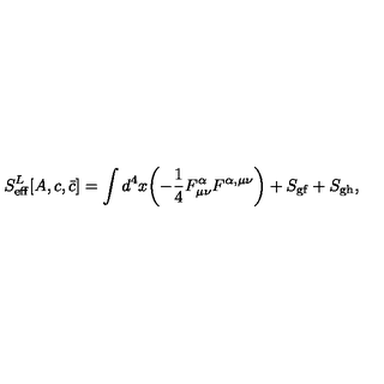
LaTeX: S _ { \mathrm { e f f } } ^ { L } [ A , c , { \bar { c } } ] = \int d ^ { 4 } x \biggl ( - { \frac { 1 } { 4 } } F _ { \mu \nu } ^ { \alpha } F ^ { \alpha , \mu \nu } \biggr ) + S _ { \mathrm { g f } } + S _ { \mathrm { g h } } ,